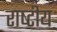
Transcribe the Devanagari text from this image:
राष्‍टीय